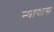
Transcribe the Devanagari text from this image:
न्यायास